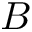
B